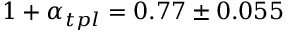
1 + \alpha _ { t p l } = 0 . 7 7 \pm 0 . 0 5 5